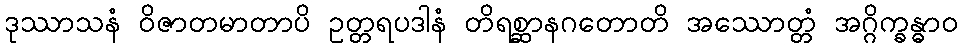
ဒုဿာသနံ ဝိဇာတမာတာပိ ဥတ္တရပဒါနံ တိရစ္ဆာနဂတောတိ အဿောတ္တံ အဂ္ဂိက္ခန္ဓာဝ